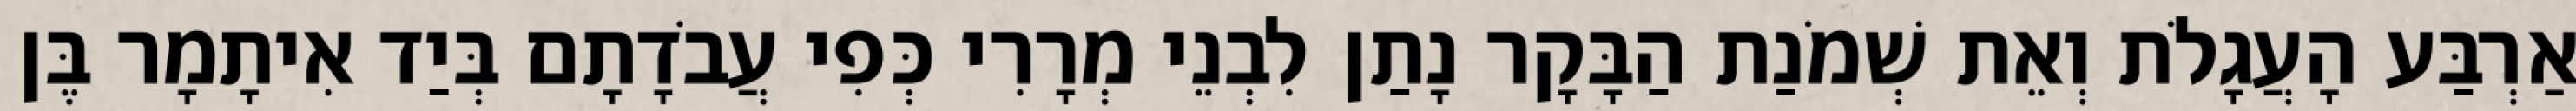
אַרְבַּע הָעֲגָלֹת וְאֵת שְׁמֹנַת הַבָּקָר נָתַן לִבְנֵי מְרָרִי כְּפִי עֲבֹדָתָם בְּיַד אִיתָמָר בֶּן